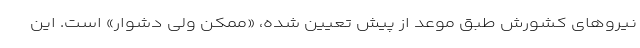
نیروهای کشورش طبق موعد از پیش تعیین شده، «ممکن ولی دشوار» است. این